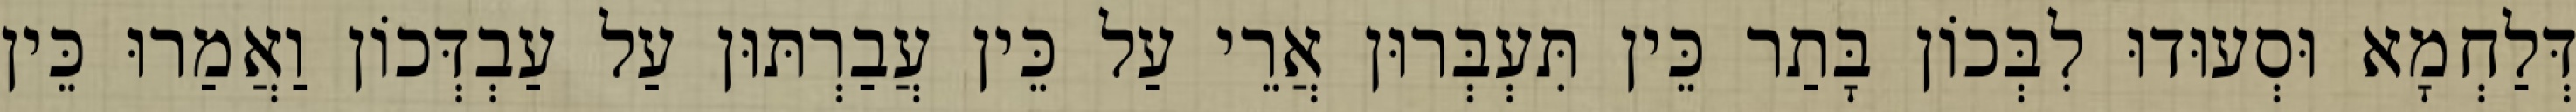
דְּלַחְמָא וּסְעוּדוּ לִבְּכוֹן בָּתַר כֵּין תִּעְבְּרוּן אֲרֵי עַל כֵּין עֲבַרְתּוּן עַל עַבְדְּכוֹן וַאֲמַרוּ כֵּין